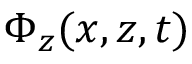
\Phi _ { z } ( x , z , t )